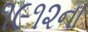
૧૯૧૨ના